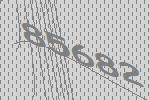
85682